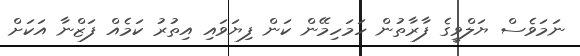
ނަމަވެސް ޔަލްވީގެ ފާރާތުން ހަމަހިމޭން ކަން ފިޔަވައި އިތުރު ކަމެއް ފަޒްނާ އަކަށް